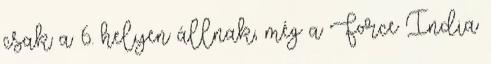
csak a 6. helyen állnak, még a Force India